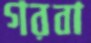
গরবা